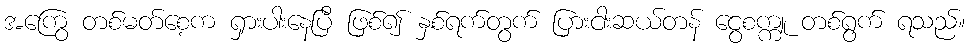
အကြွေ တစ်မတ်စေ့က ရှားပါးနေပြီ ဖြစ်၍ နှစ်ရက်တွက် ပြားငါးဆယ်တန် ငွေစက္ကူ တစ်ရွက် ရသည်။